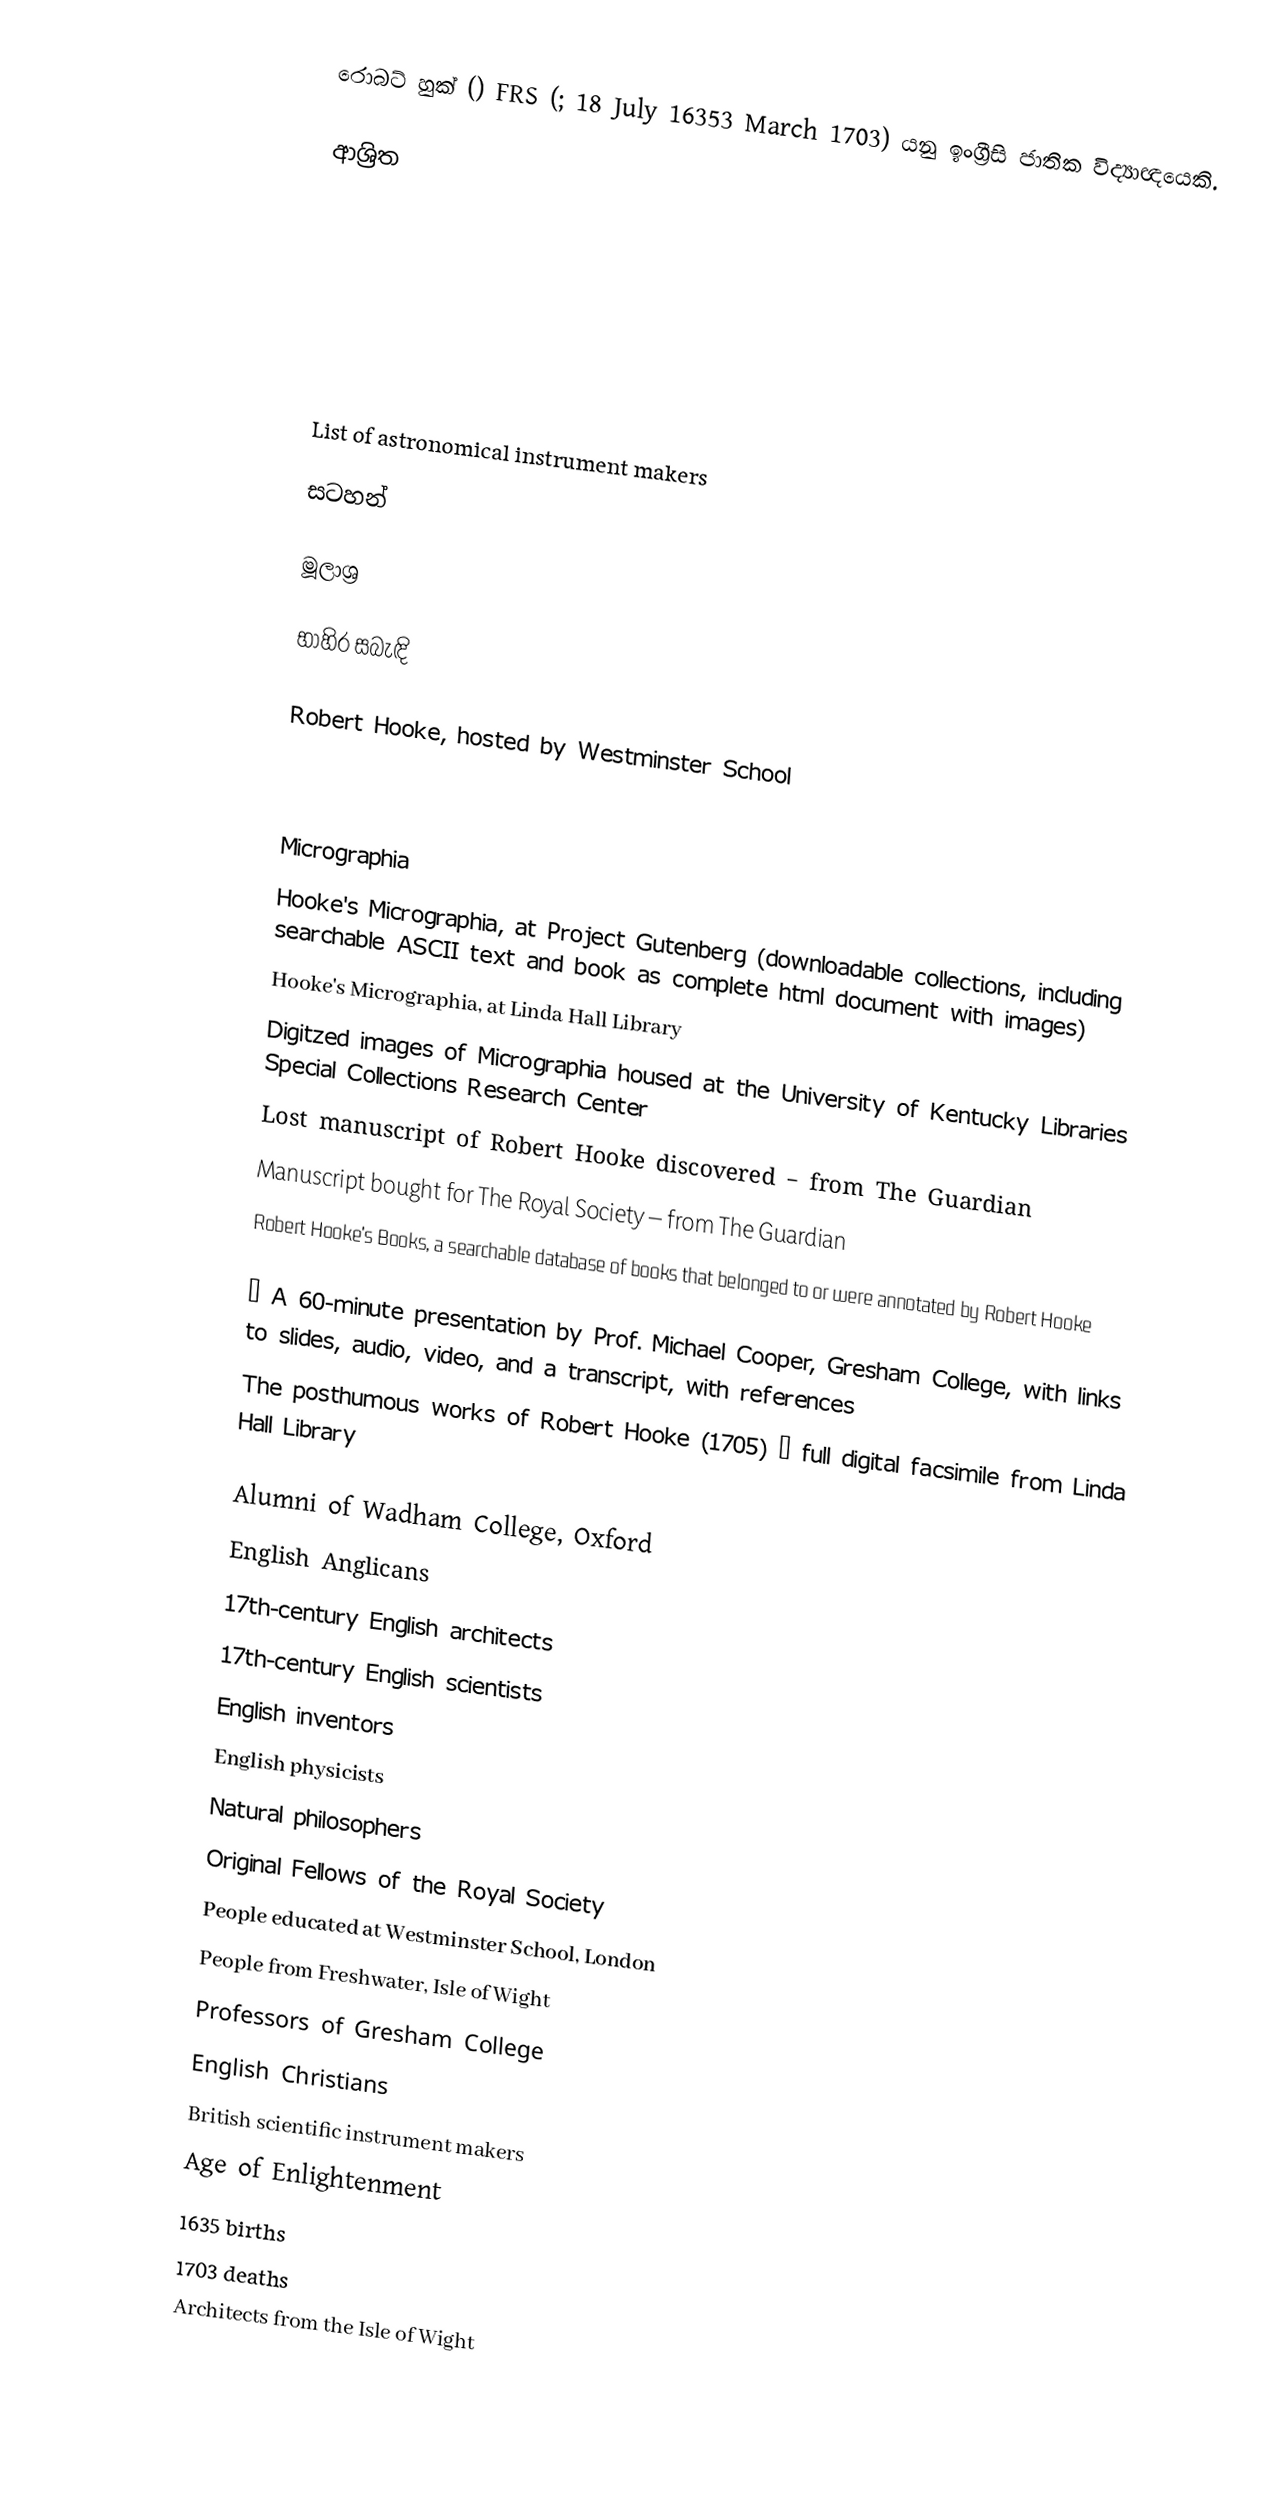
රොබට් හුක් () FRS (; 18 July 16353 March 1703) යනු ඉංග්‍රීසි ජාතික  විද්‍යාඥයෙකි.

ආශ්‍රිත

 List of astronomical instrument makers

සටහන්

මූලාශ්‍ර

භාහිර සබැඳි

 Robert Hooke, hosted by Westminster School

 Micrographia
 Hooke's Micrographia, at Project Gutenberg (downloadable collections, including searchable ASCII text and book as complete html document with images)
 Hooke's  Micrographia, at Linda Hall Library
 Digitzed images of Micrographia housed at the University of Kentucky Libraries Special Collections Research Center
 Lost manuscript of Robert Hooke discovered – from The Guardian
 Manuscript bought for The Royal Society – from The Guardian
 Robert Hooke's Books, a searchable database of books that belonged to or were annotated by Robert Hooke

  – A 60-minute presentation by Prof. Michael Cooper, Gresham College, with links to slides, audio, video, and a transcript, with references
 The posthumous works of Robert Hooke (1705) – full digital facsimile from Linda Hall Library

Alumni of Wadham College, Oxford
English Anglicans
17th-century English architects
17th-century English scientists
English inventors
English physicists
Natural philosophers
Original Fellows of the Royal Society
People educated at Westminster School, London
People from Freshwater, Isle of Wight
Professors of Gresham College
English Christians
British scientific instrument makers
Age of Enlightenment
1635 births
1703 deaths
Architects from the Isle of Wight